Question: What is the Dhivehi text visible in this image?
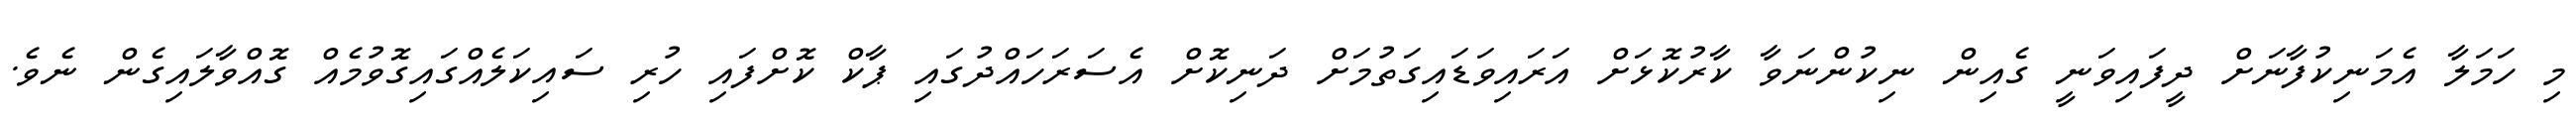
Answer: މި ހަމަލާ އެމަނިކުފާނަށް ދީފައިވަނީ ގެއިން ނިކުންނަވާ ކާރުކޮޅަށް އަރައިވަޑައިގަތުމަށް ދަނިކޮށް އެސަރަހައްދުގައި ޕާކް ކޮށްފައި ހުރި ސައިކަލެއްގައިގޮވުމެއް ގޮއްވާލައިގެން ނެވެ.